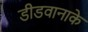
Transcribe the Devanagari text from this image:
डीडवानाके